Jaan_Tonisson_(Lasteleht), lk 278
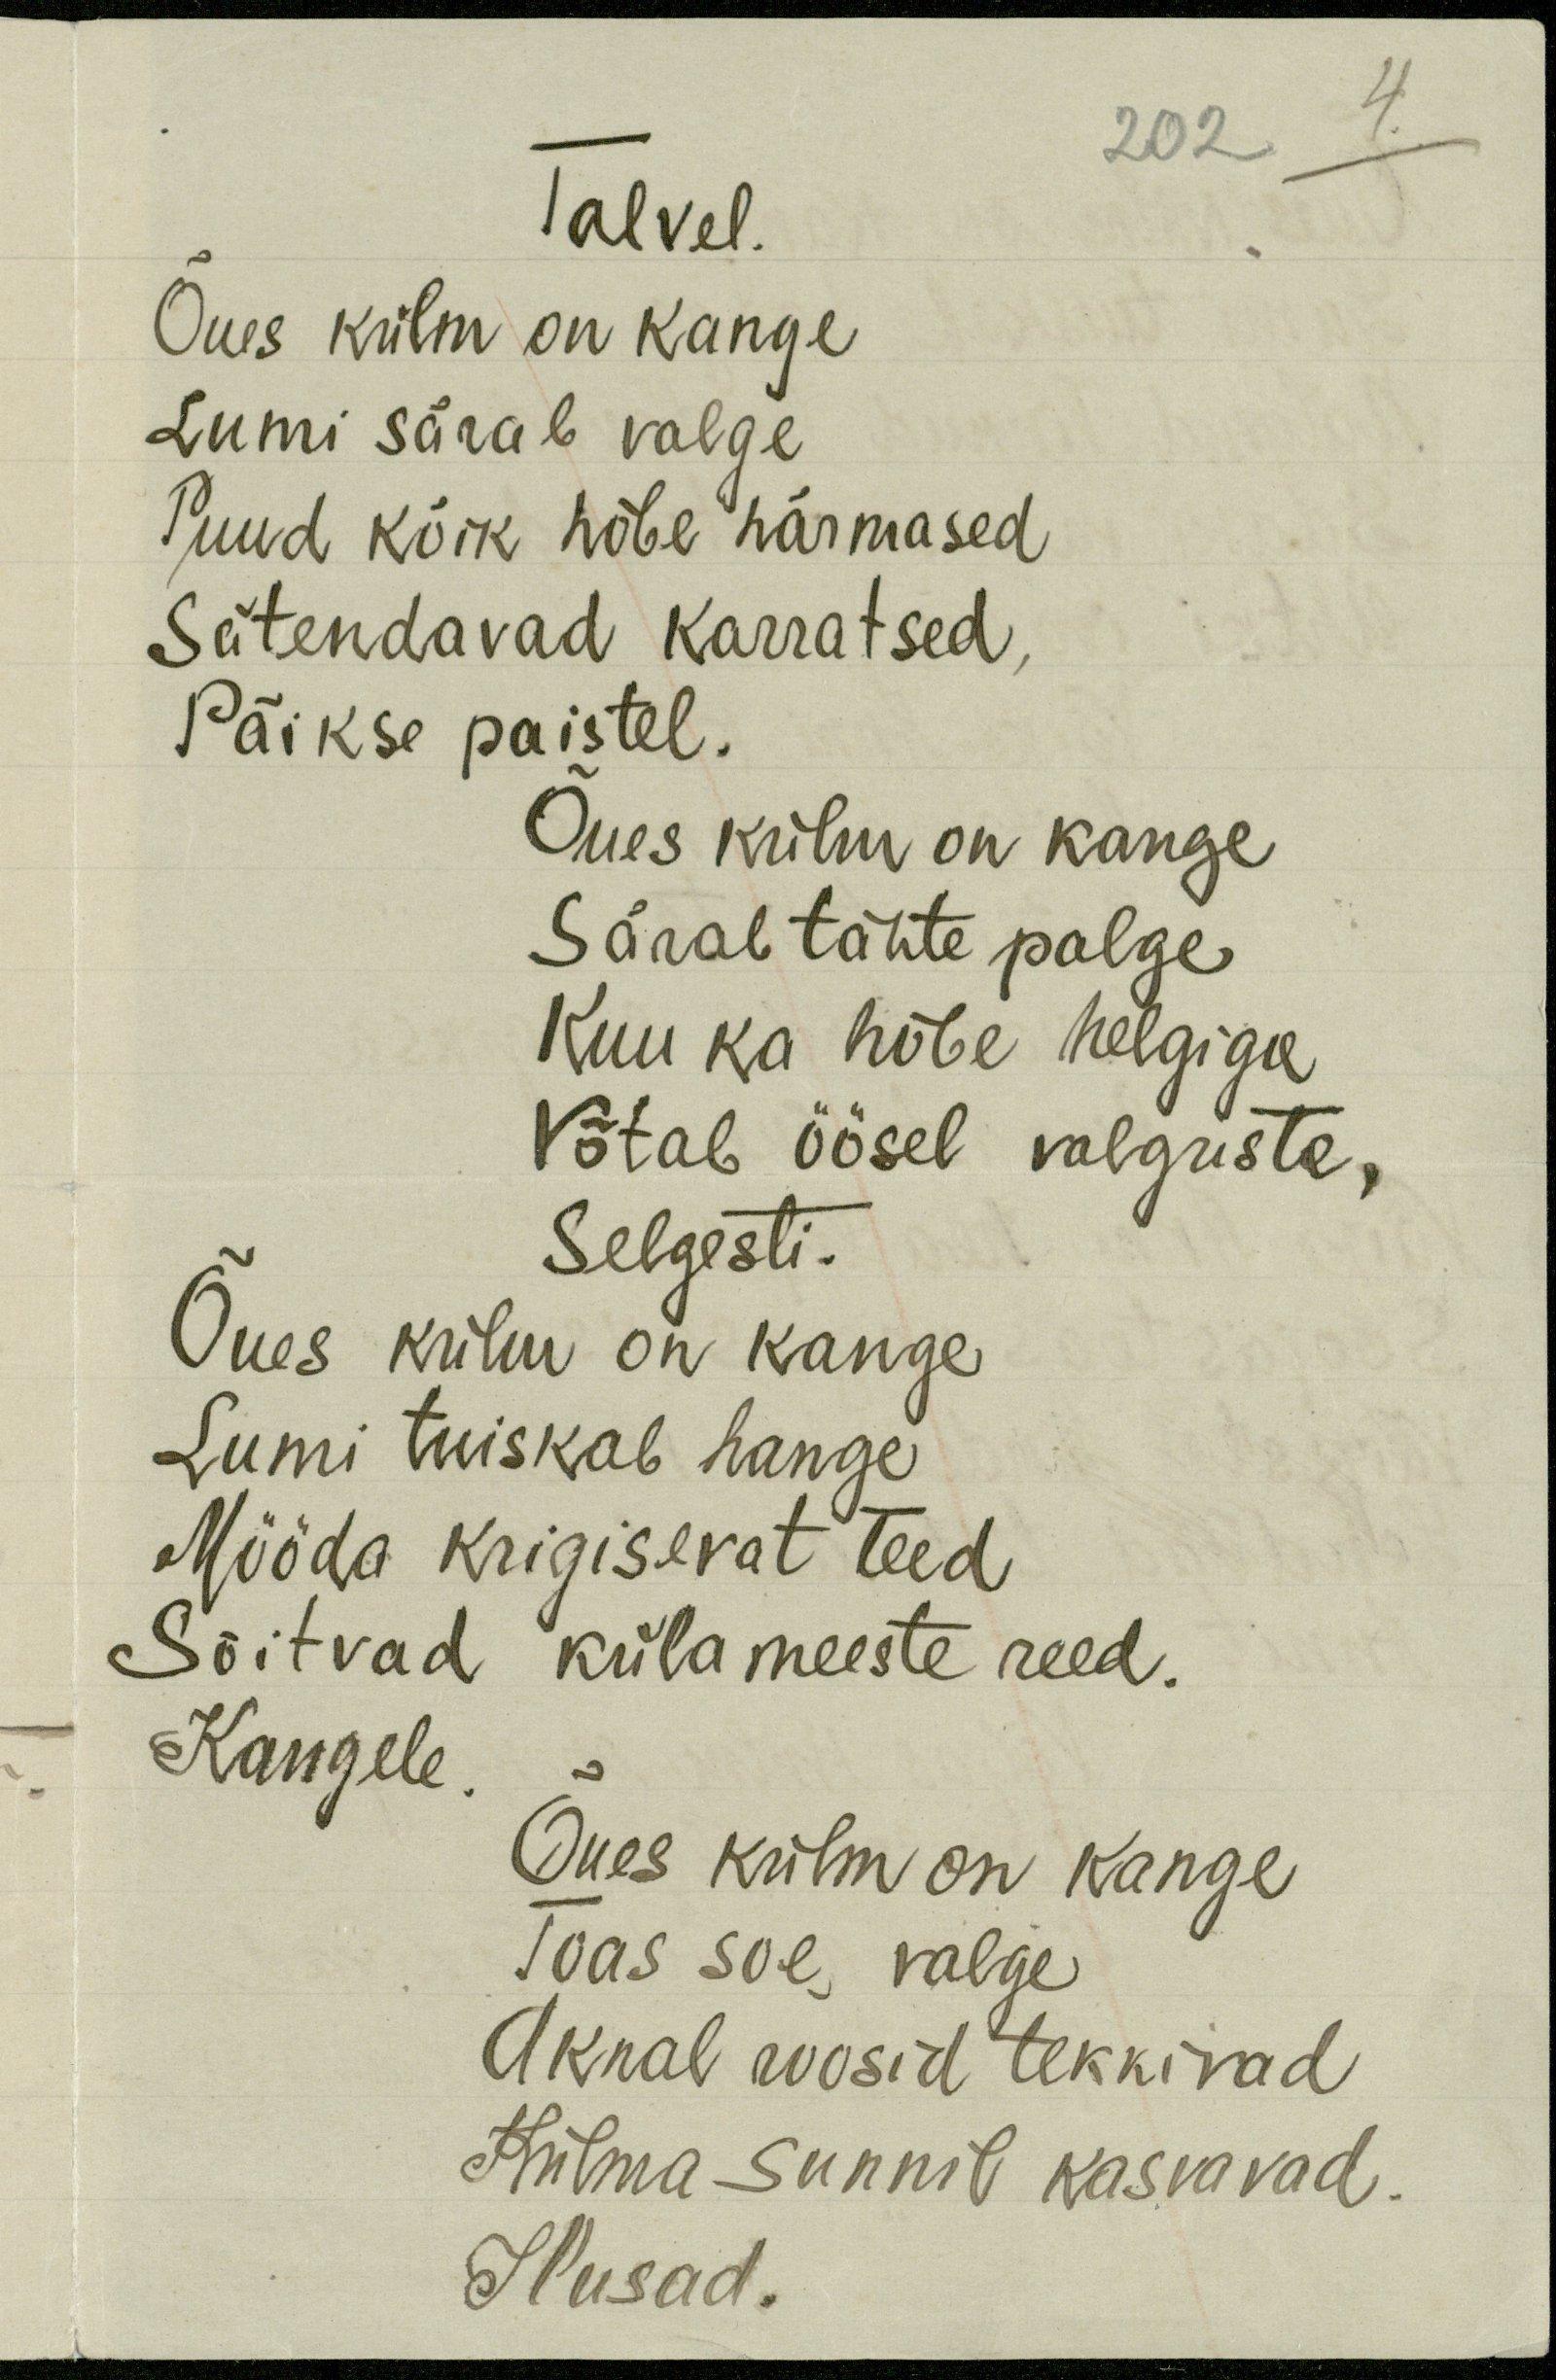
202 4.
Talvel.
Õues külm on kange
Lumi särab valge
Puud kõik hõbe härmased
Sätendavad karratsed,
Päikse paistel.
Õues külm on kange
Särab tähte palge
Kuu ka hõbe helgiga
Võtab öösel valguste,
Selgesti.
Õues külm on kange
Lumi tuiskab hange
Mööda krigisevat teed
Sõitvad külameeste reed.
Kaugele.
Õues külm on kange
Toas soe valge
Aknal roosid tekkivad
Külma sunnil kasvavad.
Ilusad.